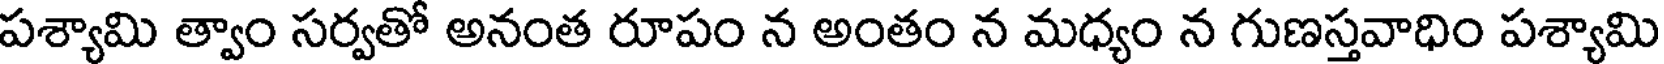
పశ్యామి త్వాం సర్వతో అనంత రూపం న అంతం న మధ్యం న గుణస్తవాధిం పశ్యామి